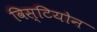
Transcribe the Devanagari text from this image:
विस्टियोन